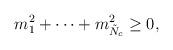
LaTeX: \begin{align*}m_1^2 + \cdots + m_{\tilde{N}_c}^2 \geq 0,\end{align*}